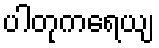
ပါတုကရေယျ